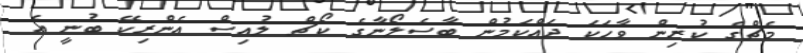
މެޗްގެ ކުރިން ވާހަކަ ދައްކަމުން ބާސެލޯނާގެ ކޯޗް ލުއިސް އެންރިކޭ ބުނީ އެ